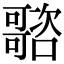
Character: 𡃭